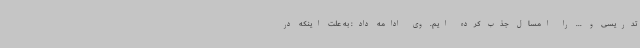
تدریسی و ... را امسال جذب کرده ایم. وی ادامه داد: به علت اینکه در